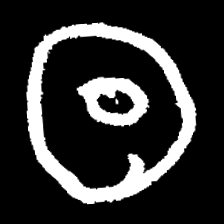
Pyu character \u2014 Myanmar letter: ထ (romanized: tha)